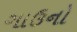
ગાઉનો